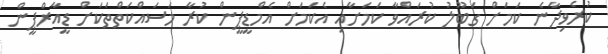
ކުރެވިދާނެ ކަމަށް ގަބޫލު ކުރައްވާ ކަމަށާއި އެކަމަށް އެމްޑީޕީން ކުރާ މަސައްކަތްތަކަށް ޑީއާރްޕީން